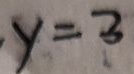
y = 3